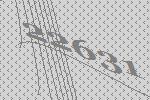
22631